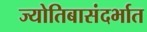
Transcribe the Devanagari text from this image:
ज्योतिबासंदर्भात